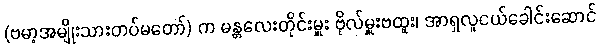
(ဗမာ့အမျိုးသားတပ်မတော်) က မန္တလေးတိုင်းမှူး ဗိုလ်မှူးဗထူး၊ အာရှလူငယ်ခေါင်းဆောင်